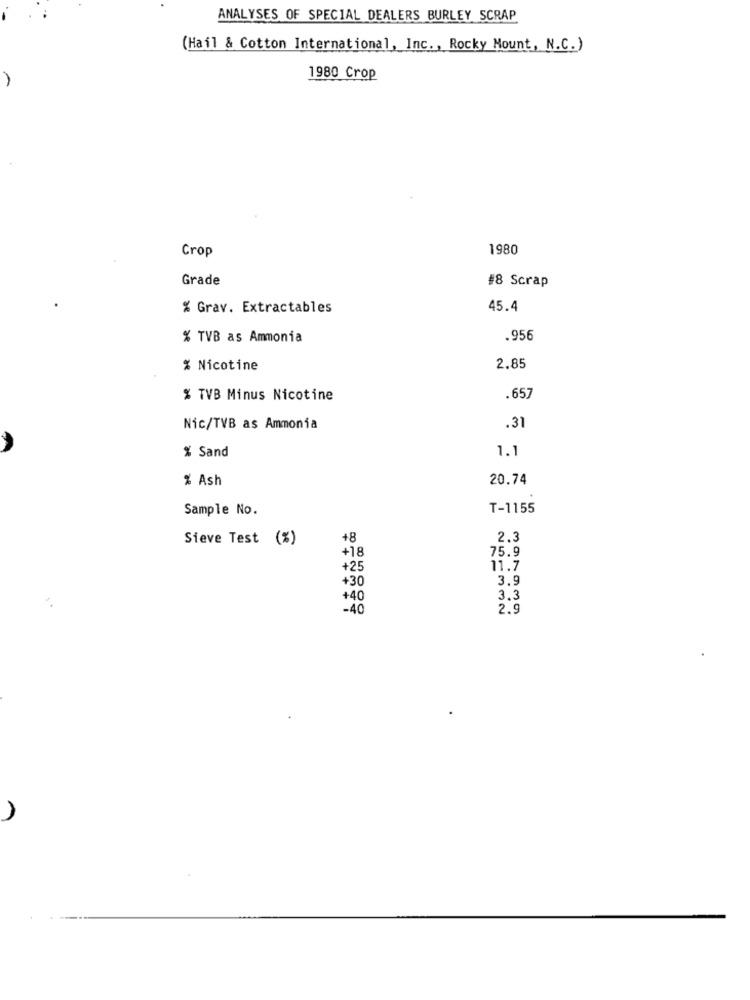
ANALYSES OF SPECIAL DEALERS BURLEY SCRAP
(Hail & Cotton International, Inc ., Rocky Mount, N.C.)
1980 Crop
-
Crop
1980
Grade
#8 Scrap
% Grav. Extractables
45.4
% TVB as Ammonia
.956
% Nicotine
2.85
% TVB Minus Nicotine
.657
Nic/TVB as Ammonia
.31
% Sand
1.1
% Ash
20.74
Sample No.
T-1155
Sieve Test (%)
+8
2.3
+18
75.9
+25
11.7
+30
3.9
+40
3.3
-40
2.9